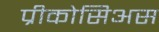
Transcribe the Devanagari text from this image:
प्रीकोसिअस